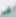
فى